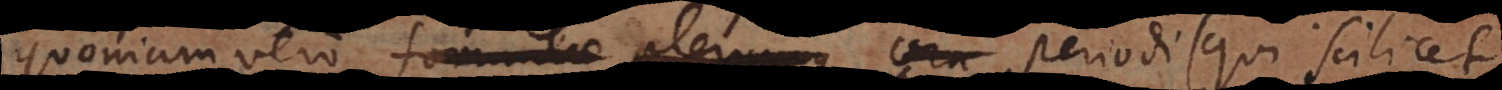
Quoniam vero formulae plerumque ora periodi (qui scilicet